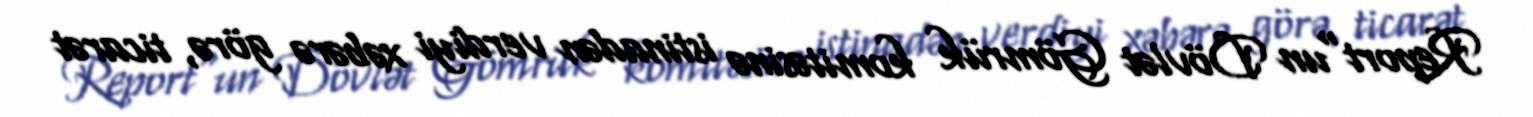
Report"un Dövlət Gömrük komitəsinə istinadən verdiyi xəbərə görə, ticarət